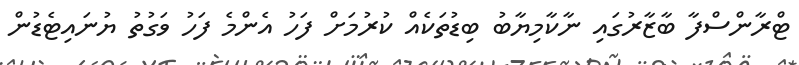
ޓްރާންސްފާ ބާޒާރުގައި ނާކާމިޔާބު ބިޑުތަކެއް ކުރުމަށް ފަހު އެންމެ ފަހު ވަގުތު ޔުނައިޓެޑުން